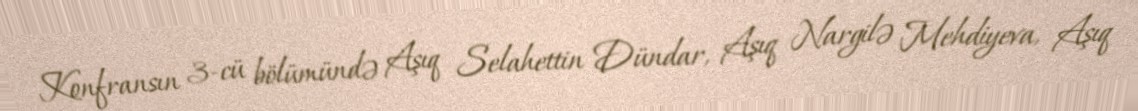
Konfransın 3-cü bölümündə Aşıq Selahettin Dündar, Aşıq Nargilə Mehdiyeva, Aşıq